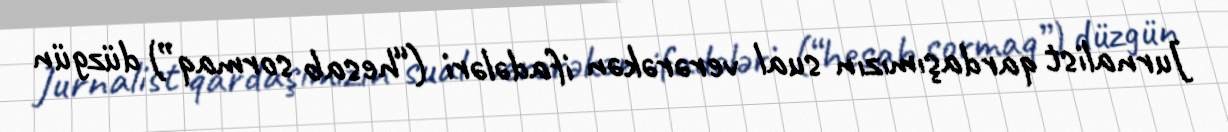
Jurnalist qardaşımızın sual verərəkən ifadələri (“hesab sormaq”) düzgün